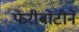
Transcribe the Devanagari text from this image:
फेरीबोटीने